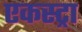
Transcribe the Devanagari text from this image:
एकस्ट्रा